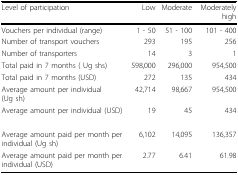
<table><thead><tr><td><b>Level of participation</b></td><td><b>Low</b></td><td><b>Moderate</b></td><td><b>Moderately high</b></td></tr></thead><tbody><tr><td>Vouchers per individual (range)</td><td>1 - 50</td><td>51 - 100</td><td>101 - 400</td></tr><tr><td>Number of transport vouchers</td><td>293</td><td>195</td><td>256</td></tr><tr><td>Number of transporters</td><td>14</td><td>3</td><td>1</td></tr><tr><td>Total paid in 7 months ( Ug shs)</td><td>598,000</td><td>296,000</td><td>954,500</td></tr><tr><td>Total paid in 7 months (USD)</td><td>272</td><td>135</td><td>434</td></tr><tr><td>Average amount per individual (Ug sh)</td><td>42,714</td><td>98,667</td><td>954,500</td></tr><tr><td>Average amount per individual (USD)</td><td>19</td><td>45</td><td>434</td></tr><tr><td>Average amount paid per month per individual (Ug sh)</td><td>6,102</td><td>14,095</td><td>136,357</td></tr><tr><td>Average amount paid per month per individual (USD)</td><td>2.77</td><td>6.41</td><td>61.98</td></tr></tbody></table>